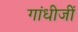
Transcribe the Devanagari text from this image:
गांधीजीं